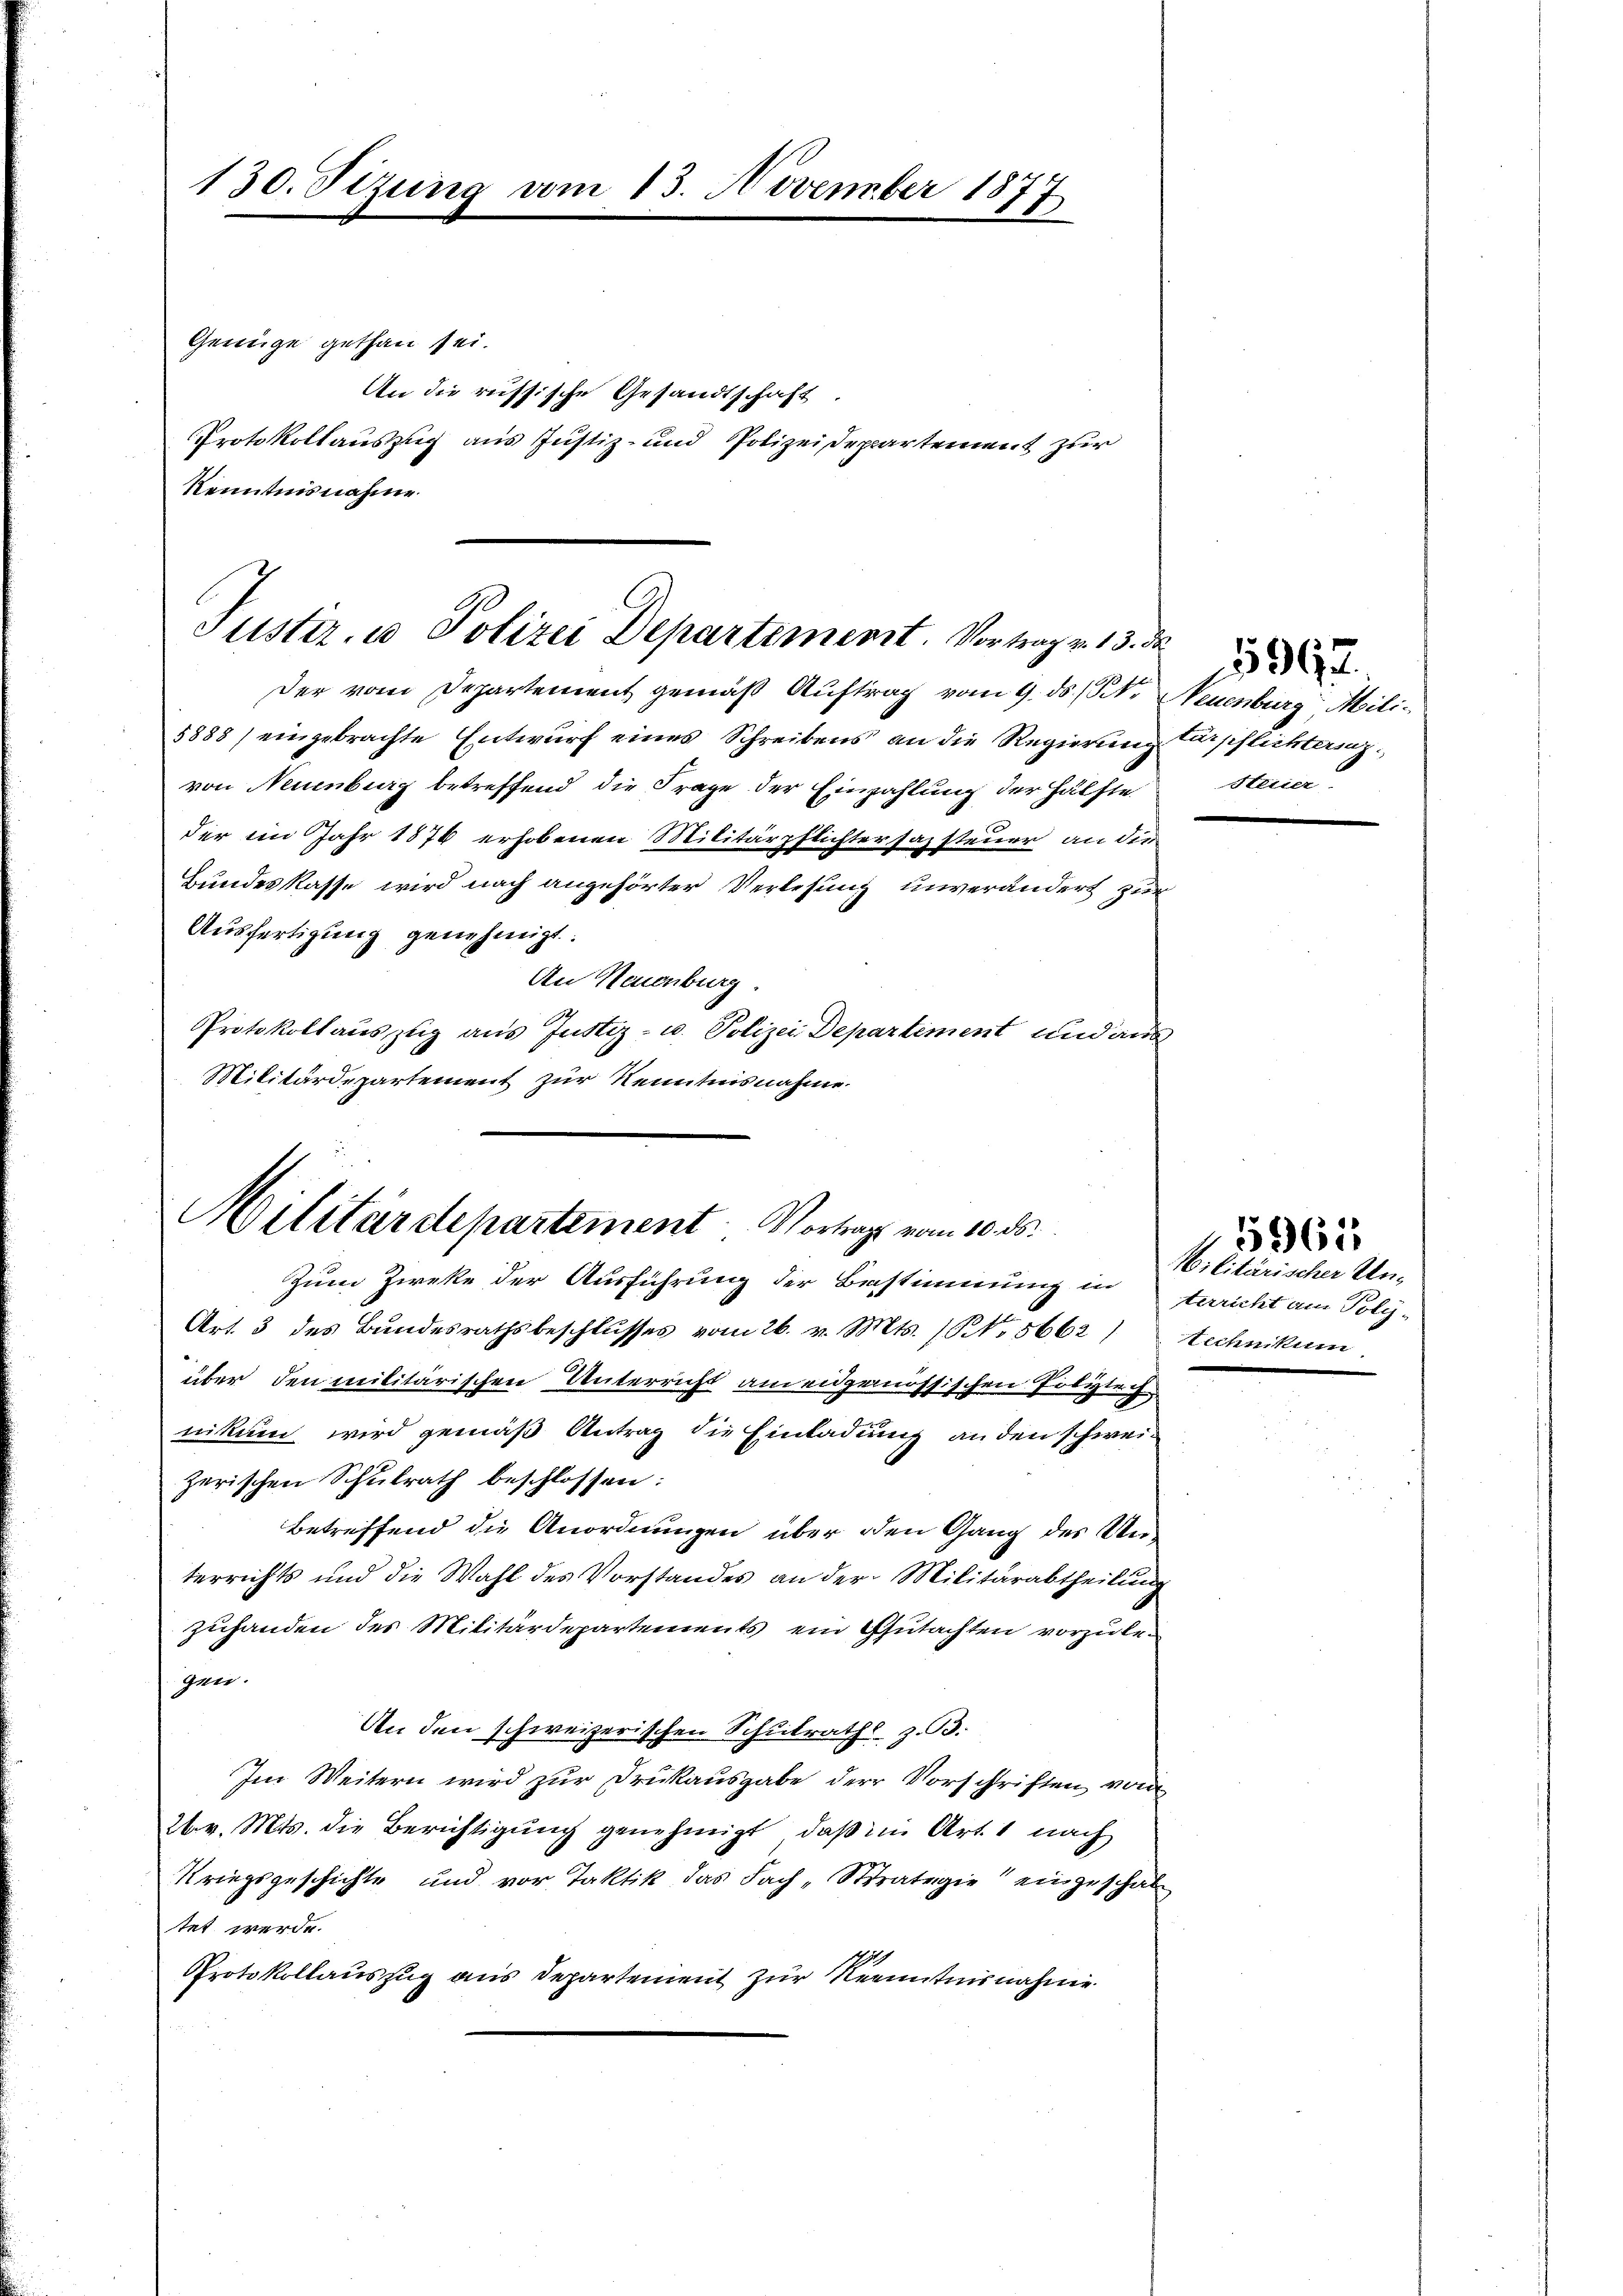
130. Sizung vom 13. November 1877

Genüge gethan sei.
An die russische Gesandtschaft.
PProtokollauszug aus Justiz- und Polizeidepartement zur
Kenntnisnahme

Justiz- u Polizei Departement. Vortrage 13. d
Der vom Departement gemäß Auftrag vom 9. ds. (Str. Neuenburg Mili¬

5888) eingebrachte Entwurf eines Schreibens an die Regierung Carpflichteringvon Neuenburg betreffend die Frage der Einzahlung der Hälfte
der im Jahr 1876 erhobenen Militärpflichtersazsteuer an die
Bundeskasse wird nach angehörter Verlesung unverändert zur
Ausfertigung genehmigt.
An Neuenburg.
Protokollauszug aus Justiz- u. Polizei Departement und aus
Militärdepartement zur Kenntnisnahme

Militärdepartement Vortrags vom 10. ds.
Zum Zweke der Ausführung der Bestimmung in terricht am Poly-

Art. 3 des Bundesrathsbeschlusses vom 26. v. Mts. (No 5662 / technikum
über den militärischen Unterricht am eidgenössischen Polytech
nikum wird gemäß Antrag die Einladung an den schweizerischen Schulrath beschlossen:
Betreffend die Anordnungen über den Gang des Unterrichts und die Wahl des Vorstandes an der Militärabtheilung
zuhanden des Militärdepartements ein Gutachten vorzulegen.
An den schweizerischen Schulraths z. B.
Im Weitern wird zur Drukausgabe der Vorschriften von
26. v. Mts. die Berichtigung genehmigt, daß in Art. 1 nach
Kriegsgeschichte und vor Taktik das Fach-Straterie einzuschal
tet werde.
Protokollauszug aus Departement zur Renntnisnahme

Heiier.

Militärischer Un¬

5961